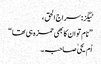
ٹیگز:سراج الحق ،
” نام تو ان کا بھی حمزہ ہی تھا “
اُم یحیٰ صاحبہ ۔